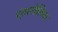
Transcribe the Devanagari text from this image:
एंतानोलिया